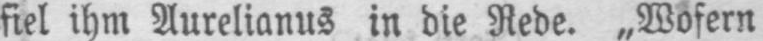
fiel ihm Aurelianus in die Rede. „Wofern